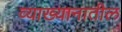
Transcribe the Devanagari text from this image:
व्याख्यानातील